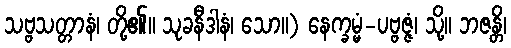
သဗ္ဗသတ္တာနံ၊ တို့၏။ သုခနီဒါနံ၊ သော။) နေက္ခမ္မံ-ပဗ္ဗဇ္ဇံ၊ သို့။ ဘဇန္တိ၊